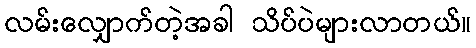
လမ်းလျှောက်တဲ့အခါ သိပ်ပဲများလာတယ်။